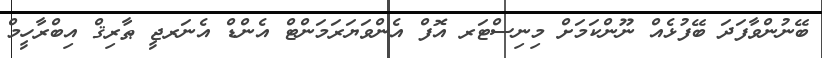
ބޭނުންވާފަދަ ބޭފުޅެއް ނޫންކަމަށް މިނިސްޓަރ އޮފް އެންވަޔަރަމަންޓް އެންޑް އެނަރޖީ ޠާރިޤް އިބްރާހީމް